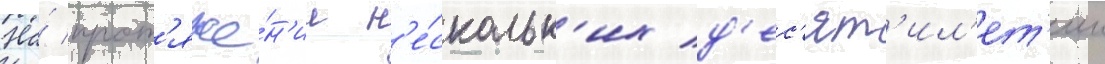
На́ прот'яже́н'ии н'е́скольк'их д'ес'ят'ил'ет'ии